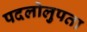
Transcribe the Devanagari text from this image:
पदलोलुपता